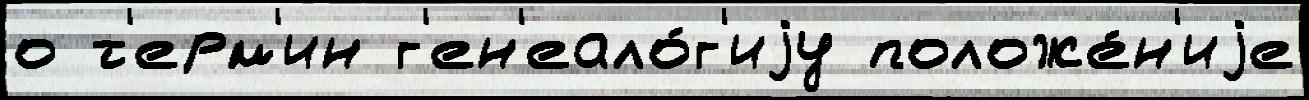
о т'ерм'ин г'ен'еало́г'иjу положе́н'иjе